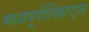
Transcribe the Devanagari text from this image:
मध्यपूर्वीस्क्रिप्ट्स